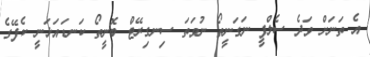
އެ ތަނަށް ވަދެ ސެލްފީ ނަގަނީތޯ ނުވަތަ ސިނގިރޭޓް ބޮނީތޯ ކަނޑައަޅަނީ ކެފޭގެ